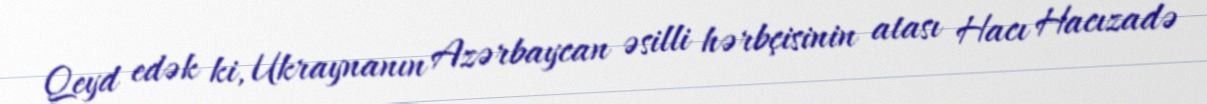
Qeyd edək ki, Ukraynanın Azərbaycan əsilli hərbçisinin atası Hacı Hacızadə